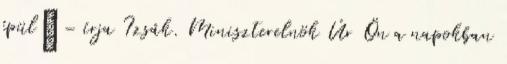
épül” – írja Izsák. Miniszterelnök Úr Ön a napokban